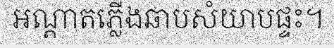
អណ្តាតភ្លើងឆាបសំយាបផ្ទះ។